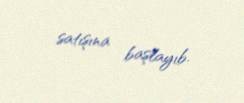
satışına başlayıb.